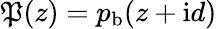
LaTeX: {\mathfrak P}(z)={p}_{\mathrm{b}}(z+\mathrm{i}d)